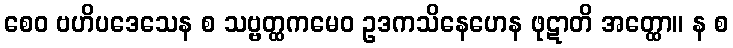
စေဝ ဗဟိပဒေသေန စ သဗ္ဗတ္ထကမေဝ ဥဒကသိနေဟေန ဖုဋာတိ အတ္ထော။ န စ